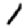
Digit: 1